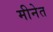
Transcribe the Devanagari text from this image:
मीनेत